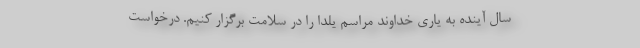
سال آینده به یاری خداوند مراسم یلدا را در سلامت برگزار کنیم. درخواست